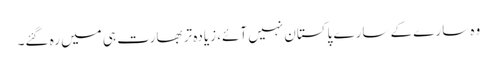
وہ سارے کے سارے پاکستان نہیں آئے، زیادہ تر بھارت ہی میں رہ گئے۔